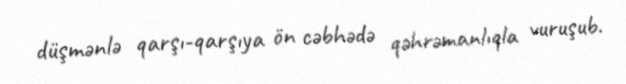
düşmənlə qarşı-qarşıya ön cəbhədə qəhrəmanlıqla vuruşub.